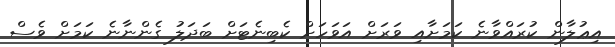
އިޢުލާން ކުރައްވާނެ ކަމަށާއި ވަރަށް އަވަހަށް ކެބިނެޓަށް ބަދަލު ގެންނާނެ ކަމަށް ވެސް